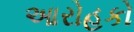
આરોહકો